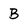
Character: B